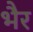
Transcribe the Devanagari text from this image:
भैर